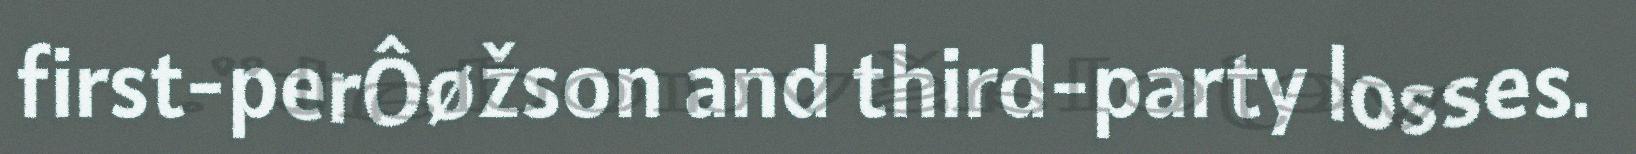
first-perÔøžson and third-party losses.